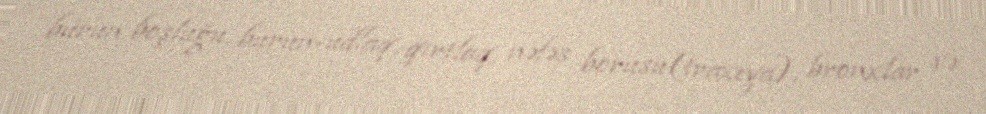
burun boşluğu, burun-udlaq, qırtlaq, nəfəs borusu(traxeya), bronxlar və